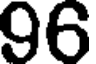
96